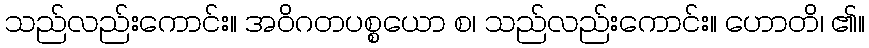
သည်လည်းကောင်း။ အဝိဂတပစ္စယော စ၊ သည်လည်းကောင်း။ ဟောတိ၊ ၏။